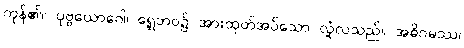
ကုန်၏။ ပုဗ္ဗယောဂေါ၊ ရှေ့ဘဝ၌ အားထုတ်အပ်သော လုံ့လသည်။ အဓိဂမဿ၊